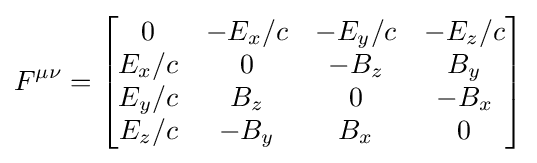
F^{\mu \nu }={\begin{bmatrix}0&-E_{x}/c&-E_{y}/c&-E_{z}/c\\E_{x}/c&0&-B_{z}&B_{y}\\E_{y}/c&B_{z}&0&-B_{x}\\E_{z}/c&-B_{y}&B_{x}&0\end{bmatrix}}